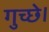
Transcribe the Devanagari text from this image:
गुच्छे।